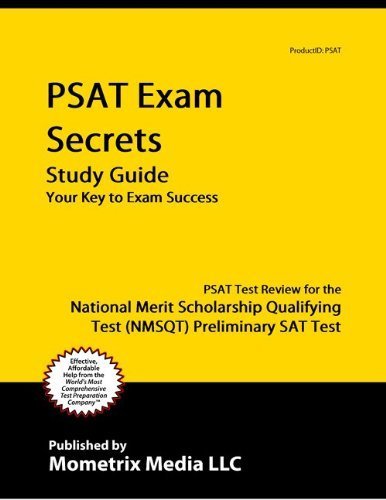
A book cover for PSAT Exam Secrets Study Guide: PSAT Test Review for the National Merit Scholarship Qualifying Test (; PSAT Exam Secrets Test Prep Team; Test Preparation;